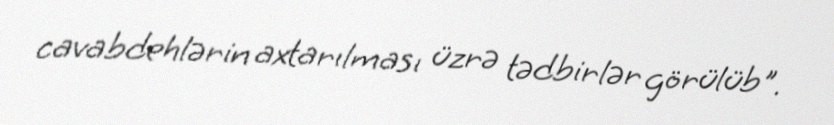
cavabdehlərin axtarılması üzrə tədbirlər görülüb".